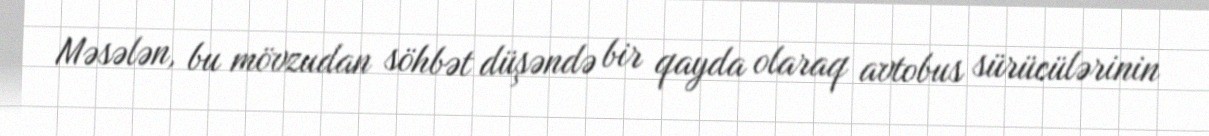
Məsələn, bu mövzudan söhbət düşəndə bir qayda olaraq avtobus sürücülərinin